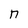
Character: n